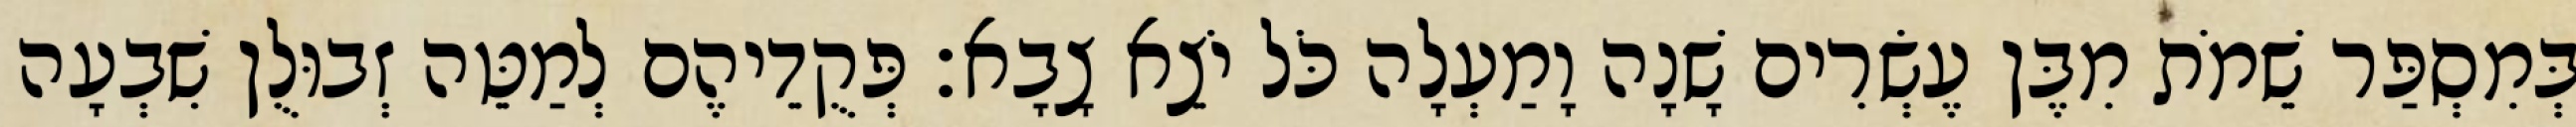
בְּמִסְפַּר שֵׁמֹת מִבֶּן עֶשְׂרִים שָׁנָה וָמַעְלָה כֹּל יֹצֵא צָבָא׃ פְּקֻדֵיהֶם לְמַטֵּה זְבוּלֻן שִׁבְעָה